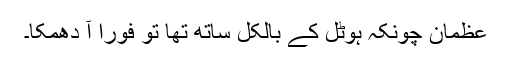
عظمان چونکہ ہوٹل کے بالکل ساتھ تھا تو فوراً آ دھمکا۔